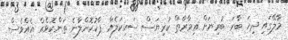
މާލޭގައި ދިހަ ބާރަ ބުރިޔަށް ޢިމާރާތް ކުރިޔަސް ސައިކަލެއް ޕާކުކޮށްލާނެ ތަންކޮޅެއް އެއްވެސް